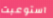
استوعبت